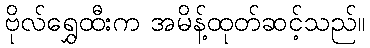
ဗိုလ်ရွှေထီးက အမိန့်ထုတ်ဆင့်သည်။